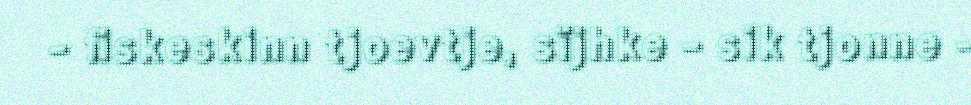
- fiskeskinn tjoevtje, sïjhke - sik tjonne -